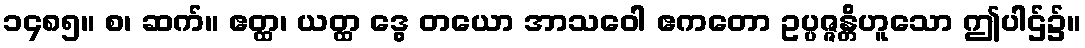
၁၄၈၅။ စ၊ ဆက်။ ဧတ္ထ၊ ယတ္ထ ဒွေ တယော အာသဝေါ ဧကတော ဥပ္ပဇ္ဇန္တိဟူသော ဤပါဌ်၌။